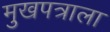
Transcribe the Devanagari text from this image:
मुखपत्राला